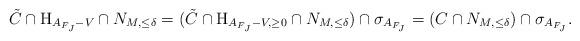
LaTeX: \begin{align*}\tilde{C} \cap \mathrm{H}_{A_{F_J} - V} \cap N_{M,\leq \delta} =(\tilde{C} \cap \mathrm{H}_{A_{F_J} - V,\ge 0} \cap N_{M,\leq \delta}) \cap \sigma_{A_{F_J}} = (C \cap N_{M,\leq \delta}) \cap \sigma_{A_{F_J}}. \end{align*}